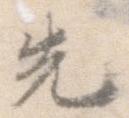
先